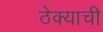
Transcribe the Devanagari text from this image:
ठेक्याची